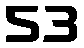
53